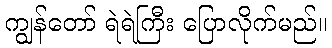
ကျွန်တော် ရဲရဲကြီး ပြောလိုက်မည်။